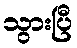
သွားပြီ